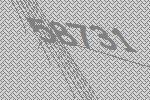
58731